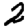
Digit: 2